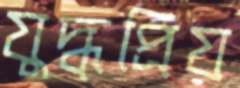
যুদ্ধপ্রিয়